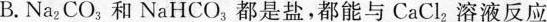
B.Na-{2}CO_{3}和NaHCO_{3}都是盐，都能与CaCl_{2}溶液反应